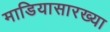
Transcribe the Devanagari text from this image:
माडियासारख्या